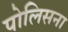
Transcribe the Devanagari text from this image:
पोलिसना